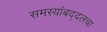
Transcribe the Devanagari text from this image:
समस्यांबद्दलचा